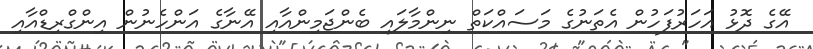
އޭގެ ދޮޅު އަހަރުފަހުން އެތަނުގެ މަސައްކަތް ނިންމާލައި ބެންޖަމިންއާއި އޭނާގެ އަންހެނުން އިންގްރިޑްއާއި